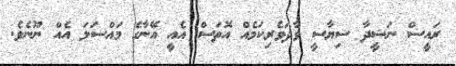
ރައީސް ނަޝީދާ ސިޔާސީ ވާދަވެރިކަމެއް އޮތަސް އެއީ އޭނާގެ މައްސަލަ އެއް ނޫނެވެ.